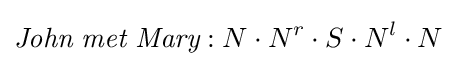
{\textit {John}}\ {\textit {met}}\ {\textit {Mary}}:N\cdot N^{r}\cdot S\cdot N^{l}\cdot N